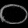
Digit: ၀